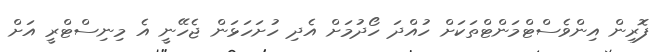
ފޮރިން އިންވެސްޓްމަންޓްތަކަށް ހުއްދަ ހޯދުމަށް އެދި ހުށަހަޅަން ޖެހޭނީ އެ މިނިސްޓްރީ އަށް